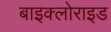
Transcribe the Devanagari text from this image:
बाइक्लोराइड